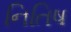
નિતિષ